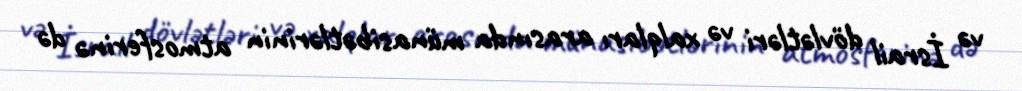
və İsrail dövlətləri və xalqları arasında münasibətlərinin atmosferinə də